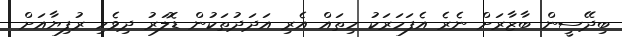
ބިދޭސީން ބާޒާރަށް ނެރެ އެފަހަރަކު ހިތައް އެރި އަދަދުތަކުން ޑޮލަރު ދިވެހި ރުފިޔާއަށް